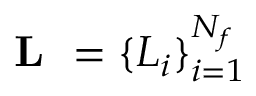
\textbf { L } = \{ L _ { i } \} _ { i = 1 } ^ { N _ { f } }